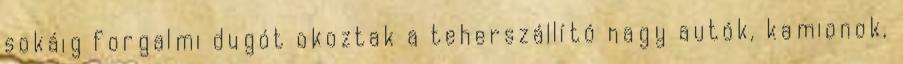
sokáig forgalmi dugót okoztak a teherszállító nagy autók, kamionok,